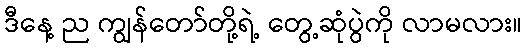
ဒီနေ့ ည ကျွန်တော်တို့ရဲ့ တွေ့ဆုံပွဲကို လာမလား။